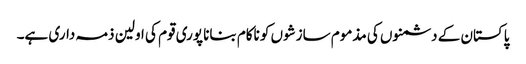
پاکستان کے دشمنوں کی مذموم سازشوں کو ناکام بنانا پوری قوم کی اولین ذمہ داری ہے۔